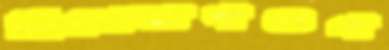
নিরোত্তাপগুণ